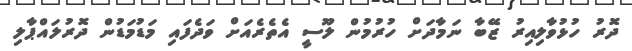
ދޮރު ހުޅުވާލިއިރު ޒޭބާ ނަމާދަށް ހުރުމުން ލޫސީ އެތެރެއަށް ވަދެފައި މަޑުމަޑުން ދޮރުލައްޕާލި